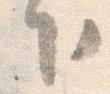
下